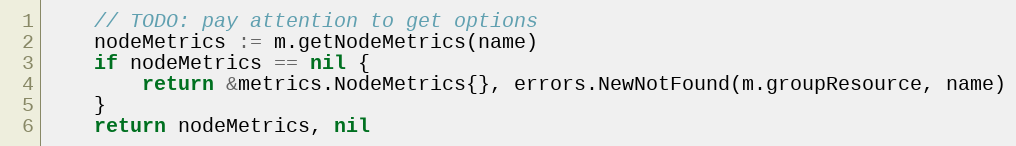
Language: Go
	// TODO: pay attention to get options
	nodeMetrics := m.getNodeMetrics(name)
	if nodeMetrics == nil {
		return &metrics.NodeMetrics{}, errors.NewNotFound(m.groupResource, name)
	}
	return nodeMetrics, nil